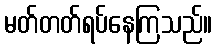
မတ်တတ်ရပ်နေကြသည်။